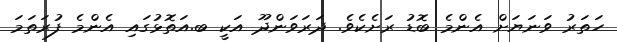
ހަތަރު ވަނަޔަށް އެންމެ ބޮޑު ރަށެކެވެ. ދަރަވަންދޫ އަކީ ބ.އަތޮޅުގައި އެންމެ ފުރަތަމަ